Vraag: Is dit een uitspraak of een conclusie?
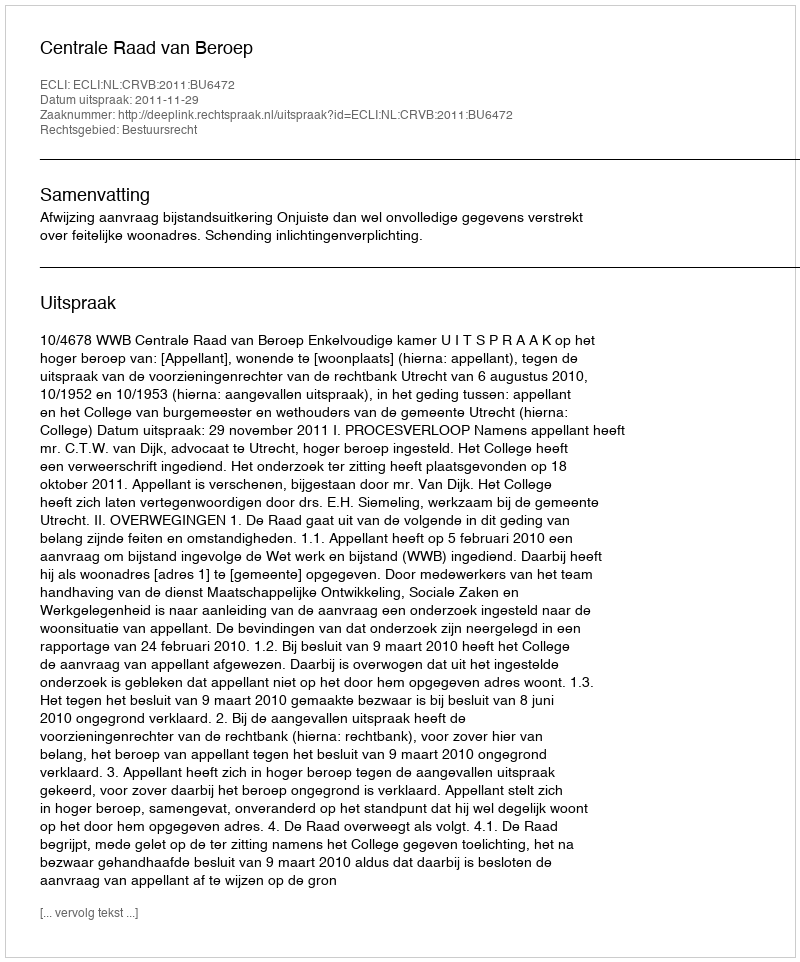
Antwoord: Uitspraak